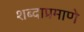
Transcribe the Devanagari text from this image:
शब्दाप्रमाणे